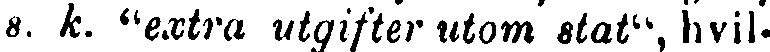
a. k. "extra utgifter utom stat", hvil-